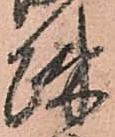
疎